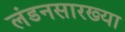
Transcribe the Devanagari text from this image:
लंडनसारख्या